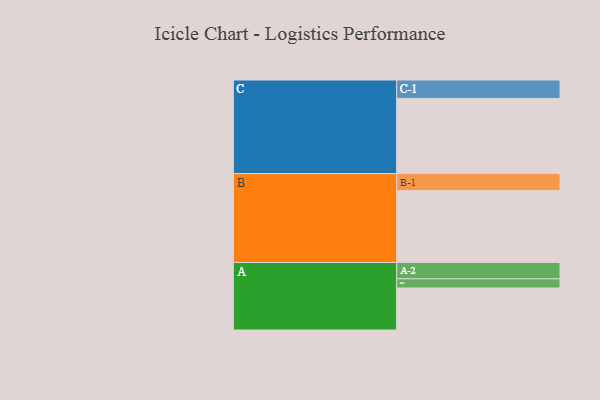
{"axis": {"x": "Segment", "y": "Value"}, "legend": ["", "A", "B", "C"], "data": [{"x": "A", "y": 301, "type": ""}, {"x": "B", "y": 515, "type": ""}, {"x": "C", "y": 539, "type": ""}, {"x": "A-1", "y": 66, "type": "A"}, {"x": "A-2", "y": 117, "type": "A"}, {"x": "B-1", "y": 122, "type": "B"}, {"x": "C-1", "y": 132, "type": "C"}]}